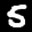
Label: 5